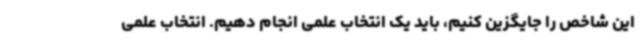
این شاخص را جایگزین کنیم، باید یک انتخاب علمی انجام دهیم. انتخاب علمی